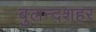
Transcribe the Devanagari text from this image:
बुलन्‍दशहर